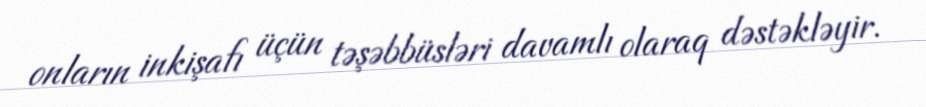
onların inkişafı üçün təşəbbüsləri davamlı olaraq dəstəkləyir.